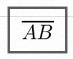
\overline{AB}